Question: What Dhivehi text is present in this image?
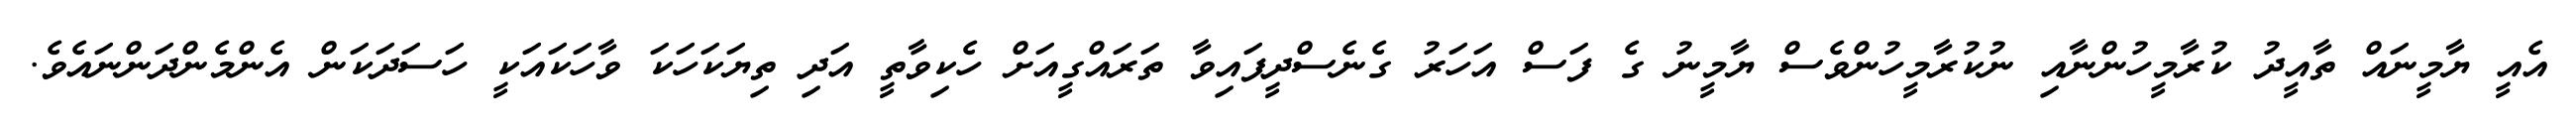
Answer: އެއީ ޔާމީނައް ތާއީދު ކުރާމީހުންނާއި ނުކުރާމީހުންވެސް ޔާމީނު ގެ ފަސް އަހަރު ގެނެސްދީފައިވާ ތަރައްގީއަށް ހެކިވާތީ އަދި ތިޔަކަހަކަ ވާހަކައަކީ ހަސަދަކަން އެންމެންދަންނައެވެ.